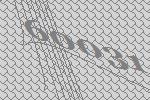
60031